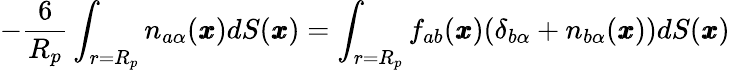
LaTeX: -\frac{6}{R_{p}}\int_{r=R_{p}}n_{a\alpha}({\pmb x})dS({\pmb x})=\int_{r=R_{p}}f_{ab}({\pmb x})(\delta_{b\alpha}+n_{b\alpha}({\pmb x}))dS({\pmb x})